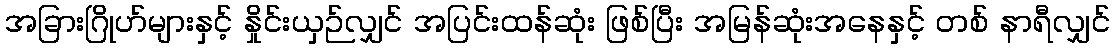
အခြားဂြိုဟ်များနှင့် နှိုင်းယှဉ်လျှင် အပြင်းထန်ဆုံး ဖြစ်ပြီး အမြန်ဆုံးအနေနှင့် တစ် နာရီလျှင်